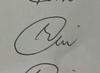
Signature authenticity: genuine